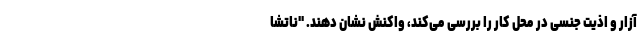
آزار و اذیت جنسی در محل کار را بررسی می‌کند، واکنش نشان دهند. "ناتشا